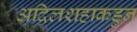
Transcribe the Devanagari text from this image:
अदिलशहाकडुन